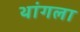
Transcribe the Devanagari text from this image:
थांगला